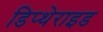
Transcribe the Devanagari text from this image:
डिप्थेराइड